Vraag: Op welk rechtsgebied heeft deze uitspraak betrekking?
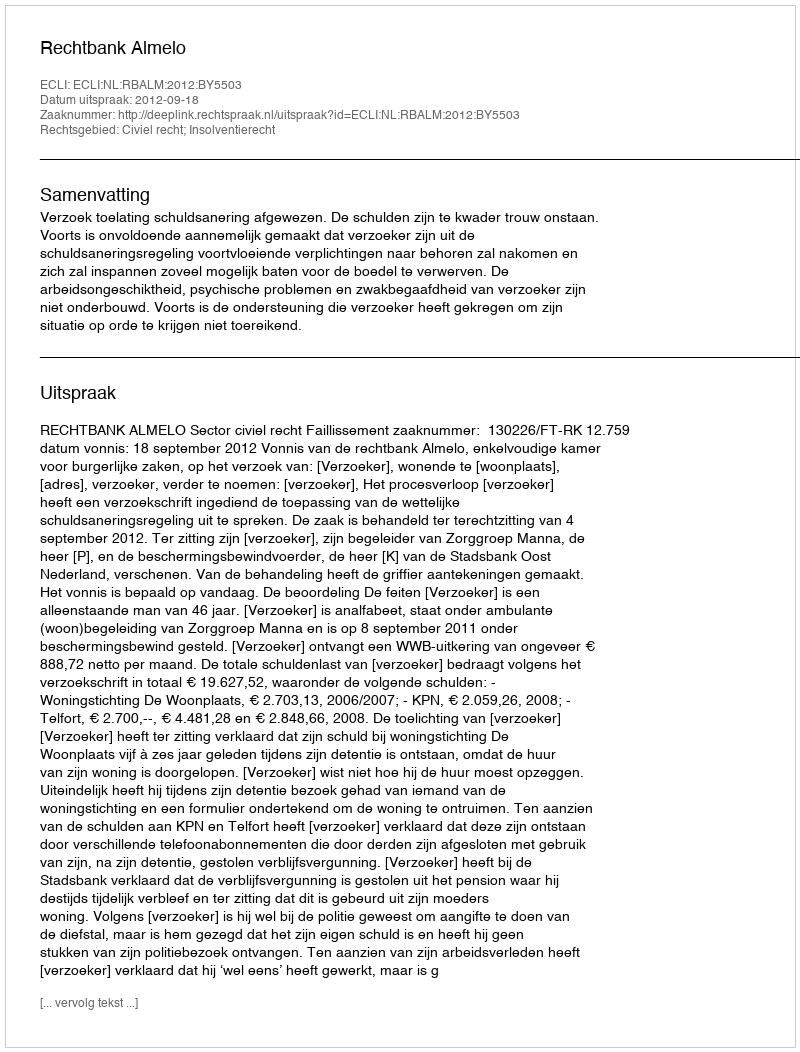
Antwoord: Civiel recht; Insolventierecht